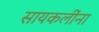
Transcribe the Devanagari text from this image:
सायकलींना